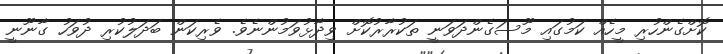
ކޮށްގެންހުރި މީހެއް ކަމުގައި މޫސަގެންދަވަނީ ތަކުރާރުކޮށް ވިދާޅުވަމުންނެވެ. ވެރިކަން ބަދަލުކުރި ދުވަހު ގާނޫނީ